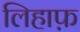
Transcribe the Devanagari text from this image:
लिहाफ़